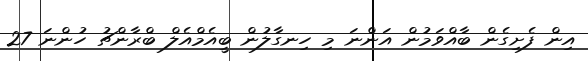
އިން ފެށިގެން ބާއްވަމުން އަންނަ މި ހިނގާލުން ބީއެމްއެލް ބްރާންޗު ހުންނަ 27